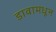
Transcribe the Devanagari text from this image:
डावामधून